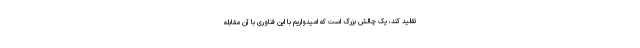
تقلید کند، یک چالش بزرگ است که امیدواریم با این فناوری با آن مقابله